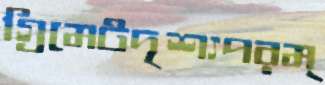
গ্রিমেটদৃশ্যপরম্